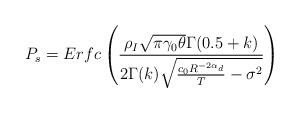
LaTeX: \begin{align*}P_s= Erfc \left(\frac{\rho_I \sqrt{\pi \gamma_0 \theta} \Gamma(0.5+k)}{2 \Gamma(k) \sqrt{\frac{c_0 R^{-2 \alpha_d}}{T}-\sigma^2} } \right)\end{align*}